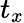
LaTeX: t_{x}